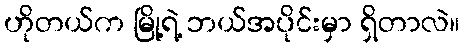
ဟိုတယ်က မြို့ရဲ့ ဘယ်အပိုင်းမှာ ရှိတာလဲ။